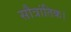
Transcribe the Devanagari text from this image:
सौत्रांतिक।